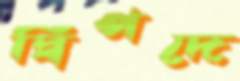
দ্বিপদে